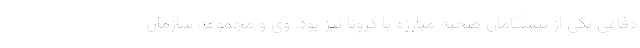
دفاعی یکی از پیشگامان صحنه مبارزه با کرونا نیز بود. وی و مجموعه سازمان